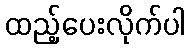
ထည့်ပေးလိုက်ပါ